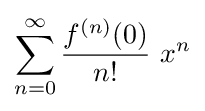
\sum _{n=0}^{\infty }{\frac {f^{(n)}(0)}{n!}}\ x^{n}